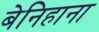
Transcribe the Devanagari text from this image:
बेनिहाना